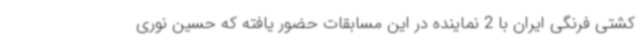
کشتی فرنگی ایران با 2 نماینده در این مسابقات حضور یافته که حسین نوری